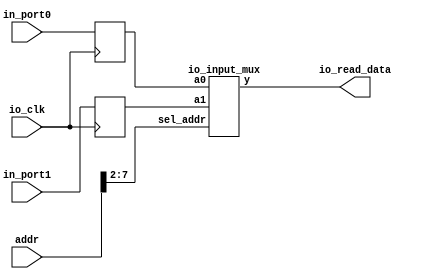
module io_input_reg (addr,io_clk,io_read_data,in_port0,in_port1);

	input	[31:0]	addr;
	input		io_clk;
	input	[31:0]	in_port0,in_port1;
	output [31:0]	io_read_data;

	reg	[31:0]	in_reg0;	// input port0
	reg	[31:0]	in_reg1;	// input port1

	io_input_mux	io_input_mux2x32(in_reg0,in_reg1,addr[7:2],io_read_data);

	always @(posedge io_clk)
 
		begin
			in_reg0 <= in_port0;	//  io_clk 
			in_reg1 <= in_port1;	//  io_clk 
			// more ports 
		end
endmodule

module io_input_mux(a0,a1,sel_addr,y);

	input	[31:0]	a0,a1;
	input	[ 5:0]	sel_addr;
	output	[31:0]	y;
	reg	[31:0]	y;

	always @ * 
	case (sel_addr)

	6'b110000:	y = a0;
	6'b110001:	y = a1;
	// more ports 
	endcase
endmodule